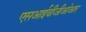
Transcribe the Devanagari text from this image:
एसआईवीजीओआर